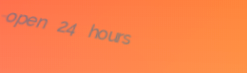
open 24 hours